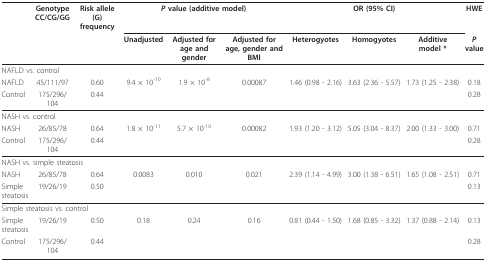
<table><thead><tr><td></td><td><b>Genotype CC/CG/GG</b></td><td><b>Risk allele (G) frequency</b></td><td colspan="3"><b><i>P </i>value (additive model)</b></td><td colspan="3"><b>OR (95% CI)</b></td><td><b>HWE</b></td></tr><tr><td></td><td></td><td></td><td><b>Unadjusted</b></td><td><b>Adjusted for age and gender</b></td><td><b>Adjusted for age, gender and BMI</b></td><td><b>Heterogyotes</b></td><td><b>Homogyotes</b></td><td><b>Additive model *</b></td><td><b><i>P </i>value</b></td></tr></thead><tbody><tr><td colspan="10">NAFLD vs. control</td></tr><tr><td>NAFLD</td><td>45/111/97</td><td>0.60</td><td>9.4 × 10<sup>-10</sup></td><td>1.9 × 10<sup>-8</sup></td><td>0.00087</td><td>1.46 (0.98 - 2.16)</td><td>3.63 (2.36 - 5.57)</td><td>1.73 (1.25 - 2.38)</td><td>0.18</td></tr><tr><td>Control</td><td>175/296/104</td><td>0.44</td><td></td><td></td><td></td><td></td><td></td><td></td><td>0.28</td></tr><tr><td colspan="10">NASH vs. control</td></tr><tr><td>NASH</td><td>26/85/78</td><td>0.64</td><td>1.8 × 10<sup>-11</sup></td><td>5.7 × 10<sup>-10</sup></td><td>0.00082</td><td>1.93 (1.20 - 3.12)</td><td>5.05 (3.04 - 8.37)</td><td>2.00 (1.33 - 3.00)</td><td>0.71</td></tr><tr><td>Control</td><td>175/296/104</td><td>0.44</td><td></td><td></td><td></td><td></td><td></td><td></td><td>0.28</td></tr><tr><td colspan="10">NASH vs. simple steatosis</td></tr><tr><td>NASH</td><td>26/85/78</td><td>0.64</td><td>0.0083</td><td>0.010</td><td>0.021</td><td>2.39 (1.14 - 4.99)</td><td>3.00 (1.38 - 6.51)</td><td>1.65 (1.08 - 2.51)</td><td>0.71</td></tr><tr><td>Simplesteatosis</td><td>19/26/19</td><td>0.50</td><td></td><td></td><td></td><td></td><td></td><td></td><td>0.13</td></tr><tr><td colspan="10">Simple steatosis vs. control</td></tr><tr><td>Simplesteatosis</td><td>19/26/19</td><td>0.50</td><td>0.18</td><td>0.24</td><td>0.16</td><td>0.81 (0.44 - 1.50)</td><td>1.68 (0.85 - 3.32)</td><td>1.37 (0.88 - 2.14)</td><td>0.13</td></tr><tr><td>Control</td><td>175/296/104</td><td>0.44</td><td></td><td></td><td></td><td></td><td></td><td></td><td>0.28</td></tr></tbody></table>